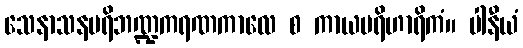
သေနာသနပရိဘဏ္ဍကရဏကာလေ စ ကာယပရိဟာရိကံ။ ပါနီယံ